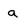
Character: a